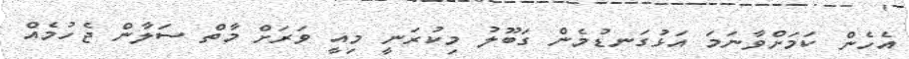
އެހެން ކަމަށްވާނަމަ އަޅުގަނޑުމެން ގަބޫލު މިކުރަނީ މިއީ ވަރަށް މާތް ސަލާން ޖެހުމެއް